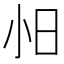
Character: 𫴸